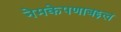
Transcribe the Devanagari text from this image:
नेमकेपणाबद्दल